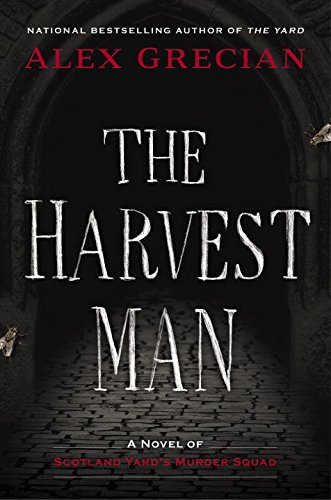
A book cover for The Harvest Man (Scotland Yard's Murder Squad); Alex Grecian; Mystery, Thriller & Suspense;